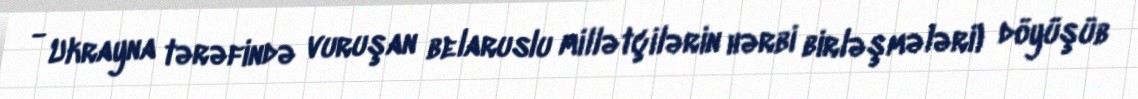
- Ukrayna tərəfində vuruşan belaruslu millətçilərin hərbi birləşmələri) döyüşüb